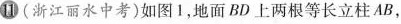
11(浙江丽水中考)如图1，地面BD上两根等长立柱AB，